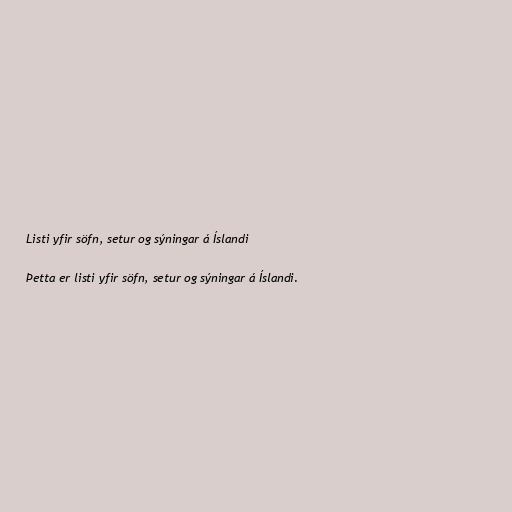
Listi yfir söfn, setur og sýningar á Íslandi

Þetta er listi yfir söfn, setur og sýningar á Íslandi.